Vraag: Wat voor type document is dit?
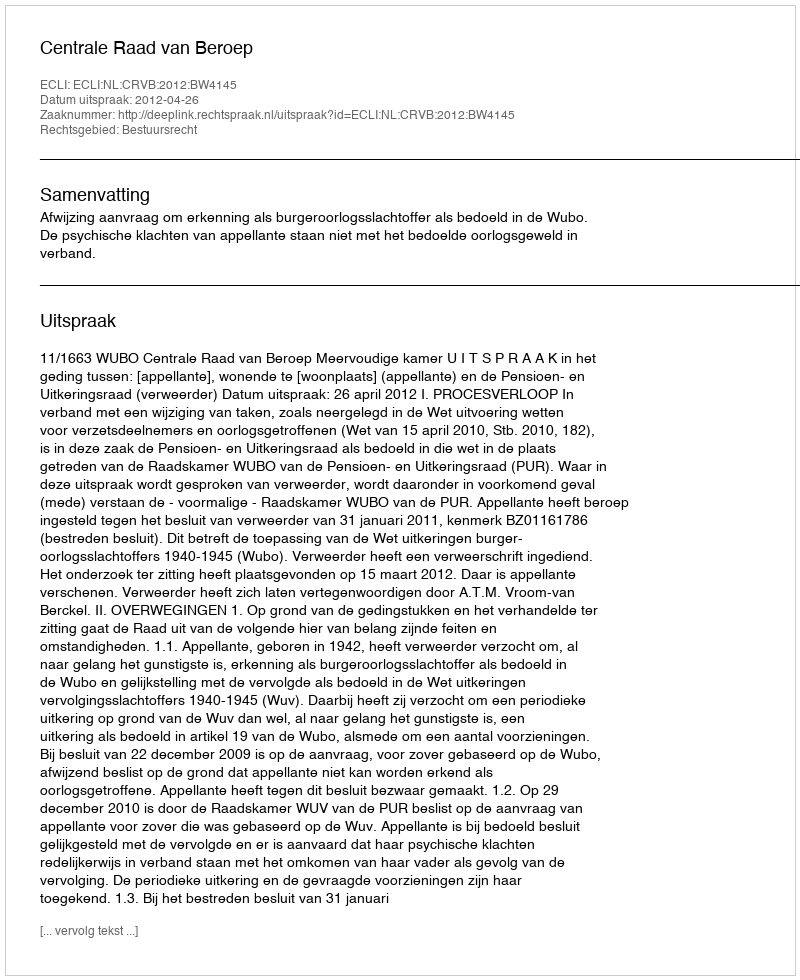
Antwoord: Uitspraak